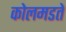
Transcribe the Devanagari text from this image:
कोलमडते